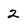
Character: 2